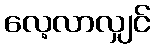
လေ့လာလျှင်